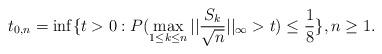
LaTeX: \begin{align*}t_{0,n}=\inf\{t>0: P(\max_{1 \le k \le n}||\frac{S_k}{\sqrt n}||_{\infty}>t) \le \frac{1}{8}\}, n \ge 1. \end{align*}